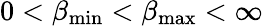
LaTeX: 0<\beta_{\mathrm{min}}<\beta_{\mathrm{max}}<\infty